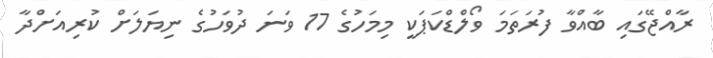
ރާއްޖޭގައި ބާއްވާ ފުރަތަމަ ވޯލްޑްކަޕަކީ މިމަހުގެ 17 ވަނަ ދުވަހުގެ ނިޔަލަށް ކުރިއަށްދާ